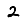
Digit: 2